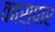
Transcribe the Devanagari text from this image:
कास्पार